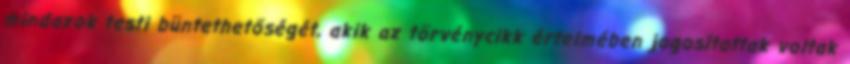
mindazok testi büntethetőségét, akik az törvénycikk értelmében jogosítottak voltak